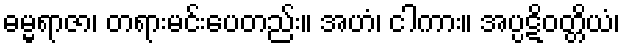
ဓမ္မရာဇာ၊ တရားမင်းပေတည်း။ အဟံ၊ ငါကား။ အပ္ပဋိဝတ္တိယံ၊